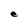
Character: e